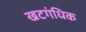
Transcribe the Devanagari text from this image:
खटगंधिक